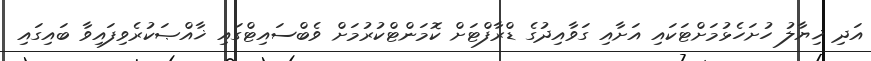
އަދި ޚިޔާލު ހުށަހެޅުމަށްޓަކައި އަށާއި ގަވާއިދުގެ ޑްރާފްޓަށް ކޮމަންޓްކުރުމަށް ވެބްސައިޓްގައި ޚާއްޞަކުރެވިފައިވާ ބައިގައި